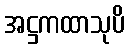
အဋ္ဌကထာသုပိ